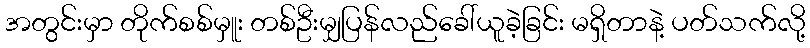
အတွင်းမှာ တိုက်စစ်မှူး တစ်ဦးမျှပြန်လည်ခေါ်ယူခဲ့ခြင်း မရှိတာနဲ့ ပတ်သက်လို့